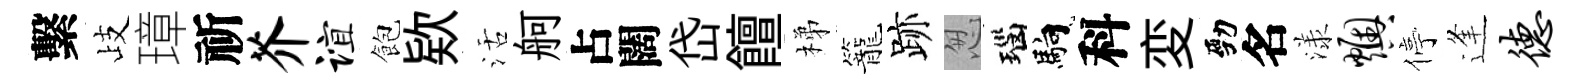
繫歧璋祈芥谊飽欵活舸占闊岱饘梯籠跡怱瑙馿科変勁名漾燠停逢德